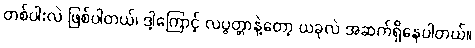
တစ်ပါးလဲ ဖြစ်ပါတယ်၊ ဒါ့ကြောင့် လပွတ္တာနဲ့တော့ ယခုလဲ အဆက်ရှိနေပါတယ်။